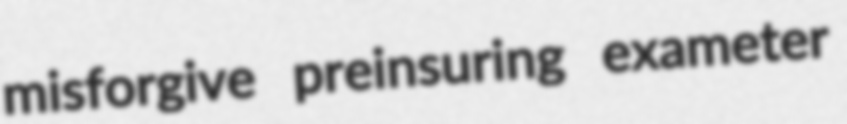
misforgive preinsuring exameter